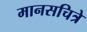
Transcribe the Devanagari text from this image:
मानसचित्रे